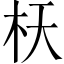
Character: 𣏿